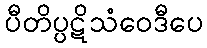
ပီတိပ္ပဋိသံဝေဒီပေ